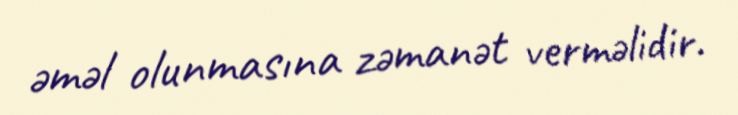
əməl olunmasına zəmanət verməlidir.